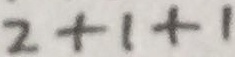
2 + 1 + 1